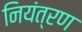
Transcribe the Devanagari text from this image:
नियंत्रण